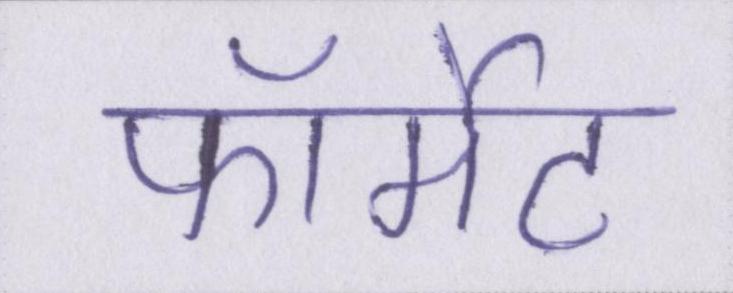
फॉर्मेट